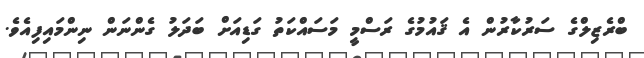
ބްރެޒިލްގެ ސަރުކާރުން އެ ޤައުމުގެ ރަސްމީ މަސައްކަތު ގަޑިއަށް ބަދަލު ގެންނަން ނިންމައިފިއެވެ.